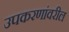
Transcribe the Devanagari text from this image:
उपकरणांवरील